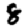
Digit: 8